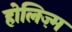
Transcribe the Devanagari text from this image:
होलिज़्म